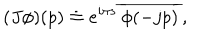
( J \phi ) ( p ) \doteq e ^ { i \pi s } \, \overline { { { \phi ( - j p ) } } } \, ,